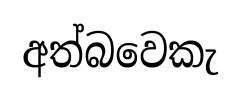
අත්බවෙකැ